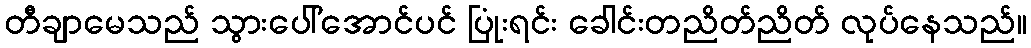
တီချာမေသည် သွားပေါ်အောင်ပင် ပြုံးရင်း ခေါင်းတညိတ်ညိတ် လုပ်နေသည်။